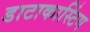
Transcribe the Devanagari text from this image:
डाटाकास्टिंग